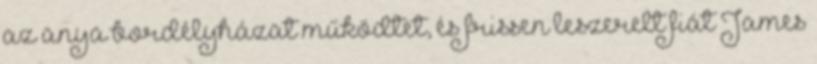
az anya bordélyházat működtet, és frissen leszerelt fiát James